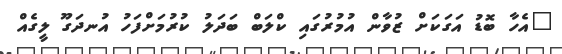
"އެހާ ބޮޑު އަގަކަށް ޒުވާން އުމުރުގައި ކްލަބް ބަދަލު ކުރުމަށްފަހު އުނދަގޫ ލީގެއް